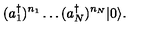
( a _ { 1 } ^ { \dagger } ) ^ { n _ { 1 } } \ldots ( a _ { N } ^ { \dagger } ) ^ { n _ { N } } | 0 \rangle .